system: You are a helpful assistant.
user:
Analyze the provided spectrum to determine if it is a **S-type Star**.

- **Key Indicators for S-type Star:**

    - **(Overall Spectrum Shape):** The first and most obvious characteristic is the overall continuum (the "baseline" shape). It is **extremely "red-sloping,"** meaning the flux (light intensity) is very low on the left side (blue, ~4000-4500 Å) and rises steeply and continuously toward the right side (red, ~7000 Å+).

    - **(Primary):** The spectrum is defined by the presence of strong, broad molecular absorption "valleys" (bands) from **Zirconium Oxide (ZrO)**. The identification of these bands is the **primary requirement** for classifying a star as S-type.
        - **(Key Bandheads):** You must find distinct, deep "dips" where the light has been absorbed. The most critical band systems to locate are:
            - **~6474 Å** ($\gamma$-system): This is often the strongest and clearest ZrO feature, found in the red part of the spectrum.
            - **~5718 Å** & **~5551 Å** ($\beta$-system): A pair of prominent absorption features in the yellow-orange part of the spectrum.
            - **~4640 Å** ($\alpha$-system): A key absorption band system in the blue-green region of the spectrum.

    - **(Secondary Confirmation):** The classification is strengthened by finding additional absorption bands from other related heavy element oxides, which are expected to be present alongside ZrO.
        - **(Key Bandheads):**
            - **Yttrium Oxide (YO):** Look for absorption dips near **~4800 Å** and **~6100 Å**.
            - **Lanthanum Oxide (LaO):** Additional absorption features, particularly in the red-orange part of the spectrum, are also characteristic.

    - **(Line Profile):** The combination of the steep red continuum and these numerous, deep molecular bands (ZrO, YO, etc.) gives the entire spectrum a very **"chopped-up"** or **"bumpy"** appearance. Instead of a smooth curve, the spectrum looks as though large, wide chunks of light have been "carved out" of it at the specific wavelengths listed above.

Think first, call **spectral_visualization_tool** if needed to examine features in detail, then provide your final answer. Your response must adhere to the following strict rules:
1.  **Overall Structure:** Your response must follow the format `<think>...</think> <tool_call>...</tool_call> (if a tool is used) <answer>...</answer>`.
2.  **Tool Usage Constraint:** You may only make **one** tool call per turn.
3.  **Final Answer Format:** In the `<answer>` tag, your conclusion must be inside a `\boxed{}` command (e.g., `\boxed{YES}` or `\boxed{NO}`), followed by your justification.

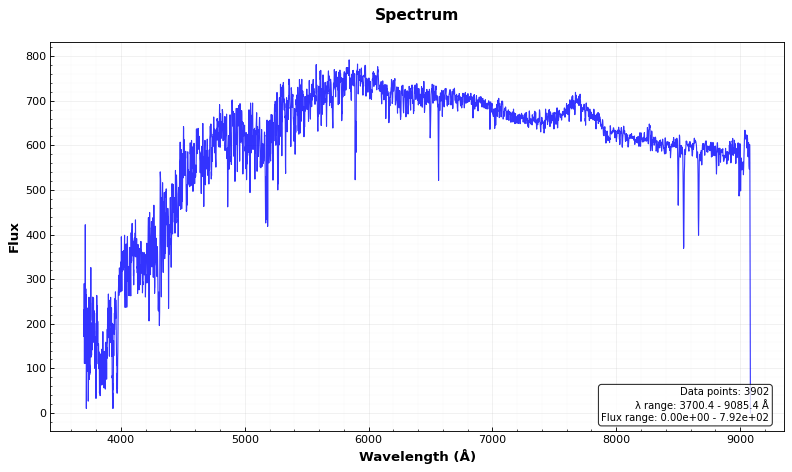
Answer: NO